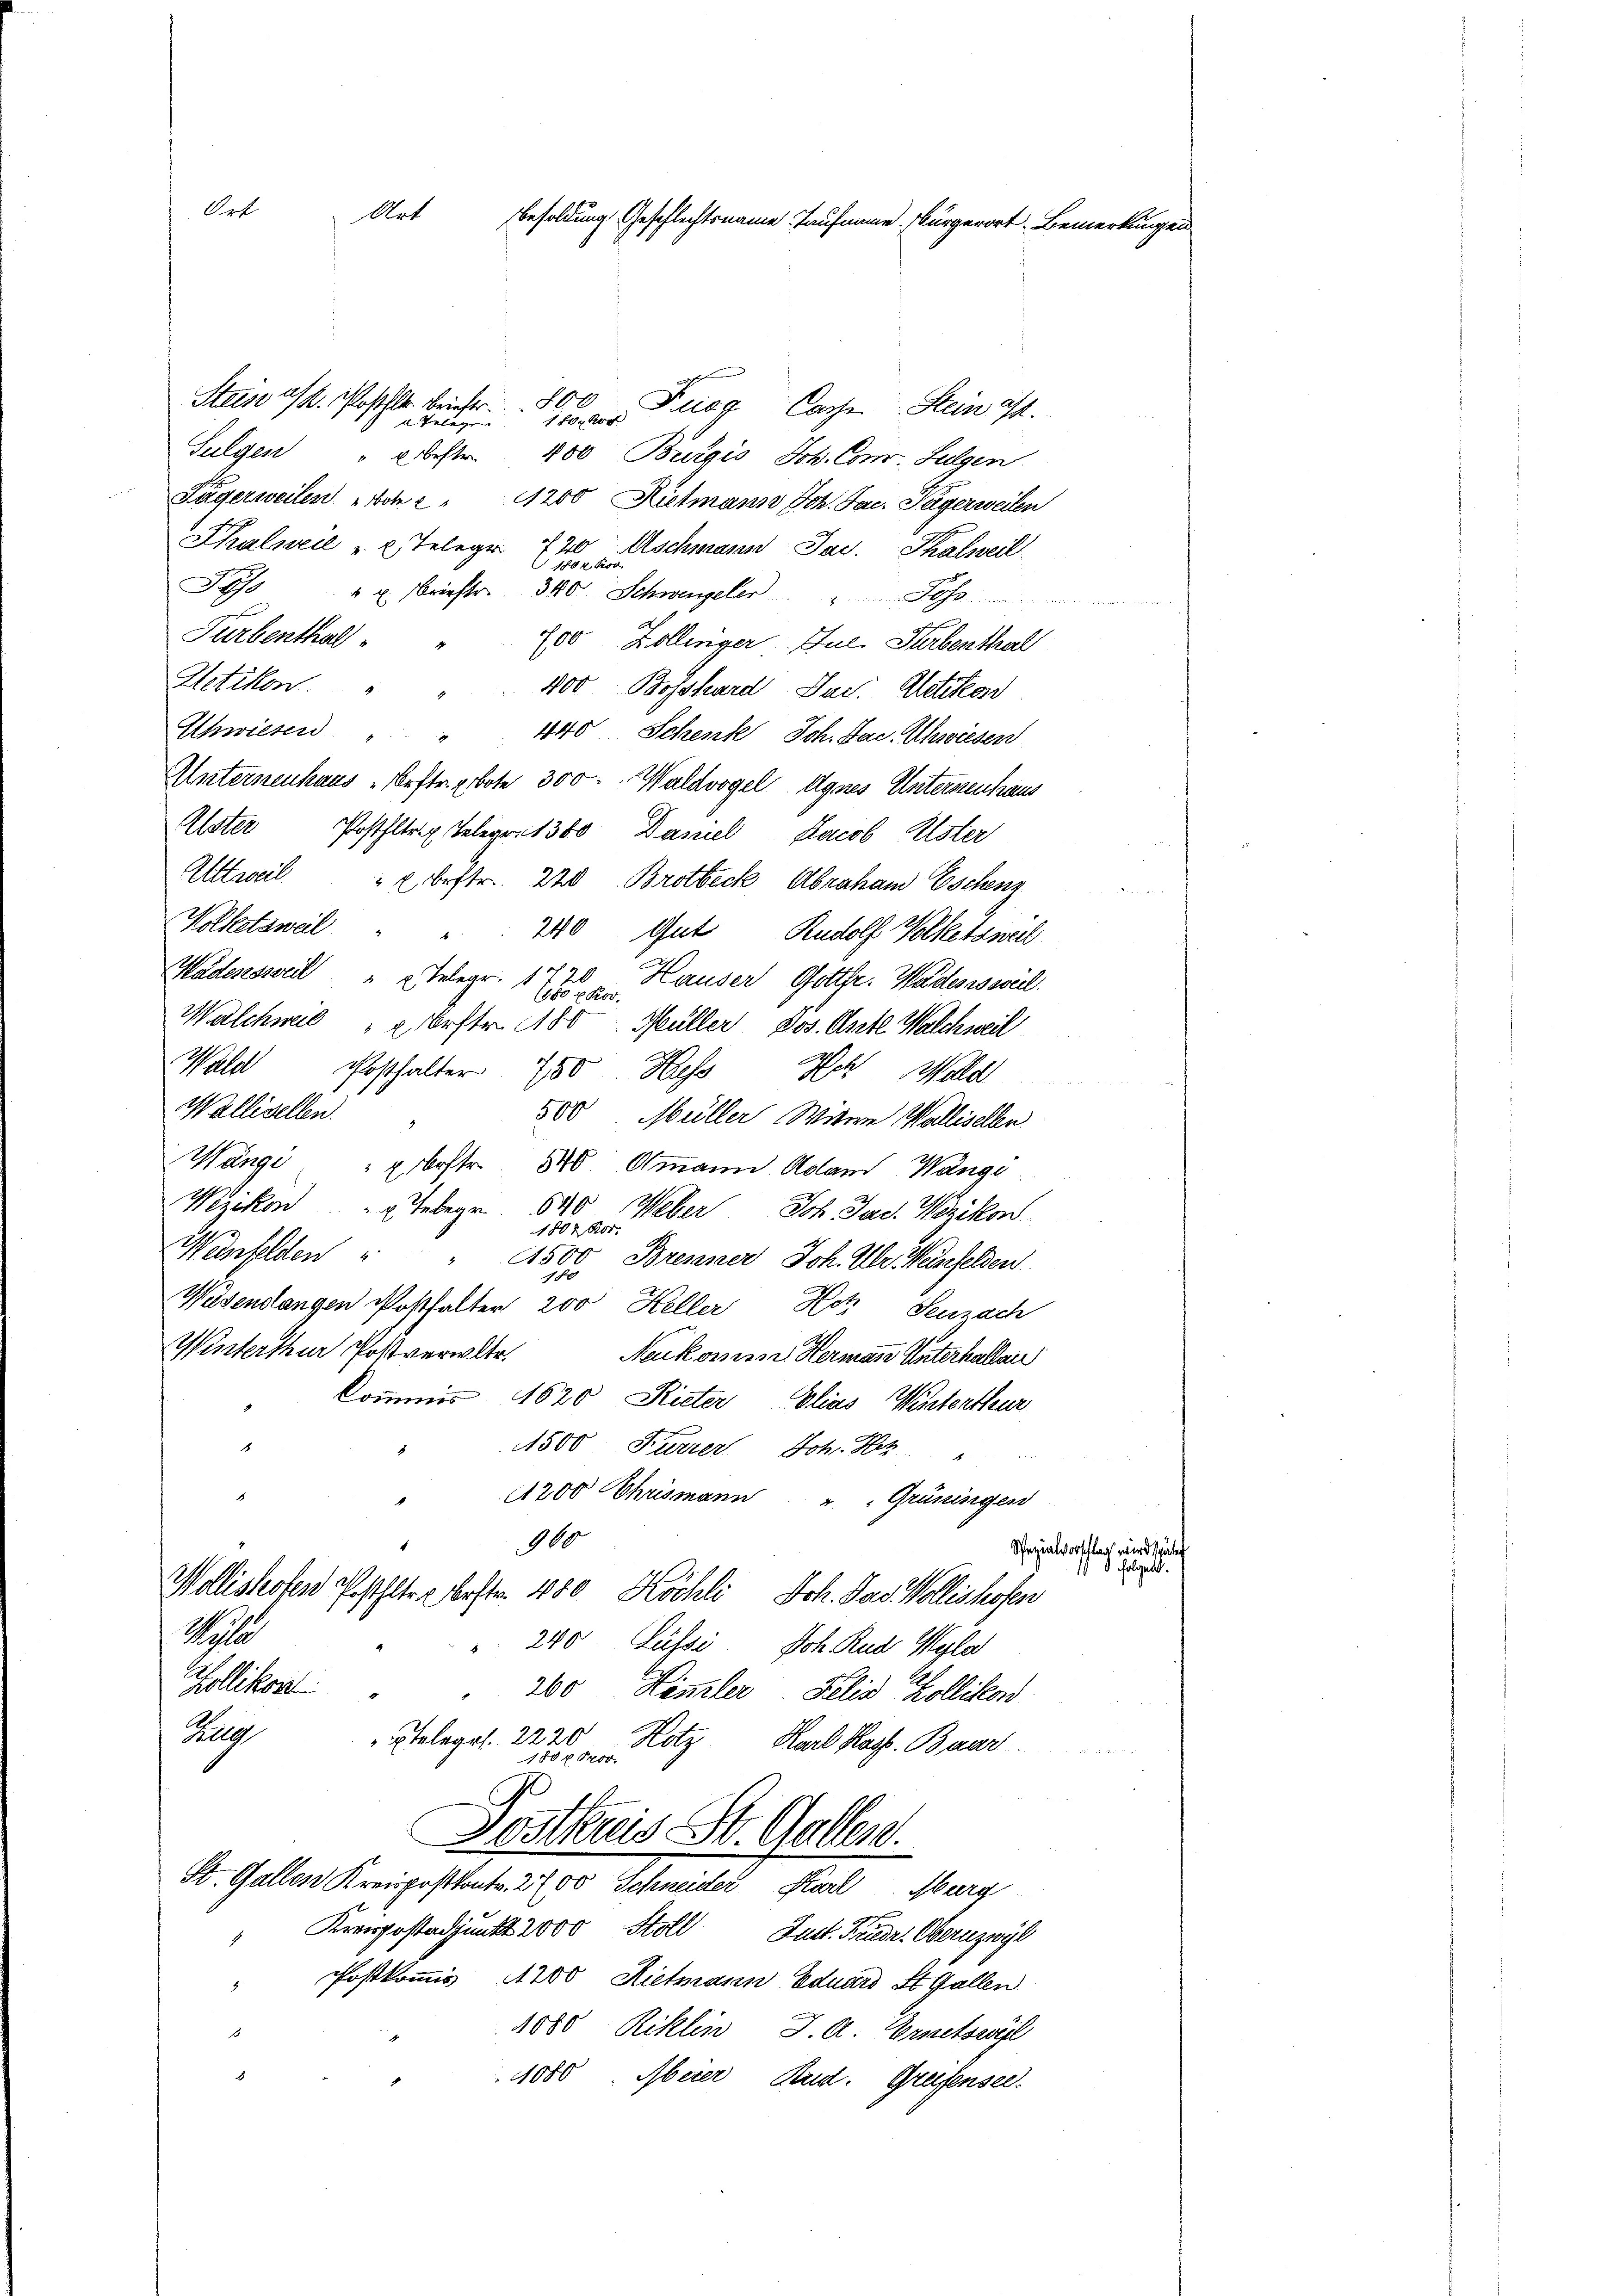
Art
Art Besoldung Geschlechtsname Taufname Bürgerort Bemerkungen

Steines k. Posthlr. beiter 800. Furg Casse Steinas.
1 fr 200
a Telege. |
Sulgen " 2 bestr. 400 Burgis Joh. Com- Fulgen
Sägerweilen Bote " 1200 Kielmann Joh. Jac. Tägerweilen
Thalweil "  Telegr. 720 Aschmann Jac. Thalweil
1804 kos
S 4 u. Friestr. 340 Schwenzeler. Johs.
Turbenthal
700 Zollinger Jul. Herbenthal
Uetikon
400 Bossard Jac. Gletiko
Schwieser " " 440 Schenke, Joh. Jac. Uhwiesen
Unternenhaus „Erstr. gebote 300 Waldvogel Agnes Unterstenhaus
Alster Postfltr. Telegen 1380. Daniel, Jacob Elster
Alttweil " 2 bestr. 220 Brotbeck Abraham Eschenz
Wolketsweil
200 Gut Rudolf Volketsweil
Wädensweil "  Telegr. 1720 Hauser Gottfr. Wädensweil.
(460 x Rov
Walchweil & Erster 180 Müller, Jos. Ante Walchweil
Wald Posthalter 780 Hess ich Wald
Wallisellen.
500 Müller Witwe Wallisellen
Wangi Erbestr. 840. Ammann. Adam Wange
Wezikon " " Geber 840 Weber
Joh. Jad. Wezikon.
1804 Kor
Weinfelden
1500 Brenner, Joh. Ulr Weinfelden.
Wesendangen Posthalter 200 Heller Hotz Seuzach
Winterthur Postverwltr.
Neukomen Hermann Unterhallen
kommis 1620 Rieter Elias Winterthur
1500 Kurrer Joh. Hch.
1200 Chrismann. " " Grüningen
900
Spezialvorschlag wird spä
Wollishofen Posthalter bestr. 400 Köchli, Sch. Das Wollishofen
Kohle
" 240. Lüssi, Joh. Rud. Herlos
Zollikon
200 Kimmler Felix Zollikon.
Reg
telegr. 2220
Hotz Karl Hast. Baur
180x Prov.
Postkuis St. Gallen.
St. Gallen Kreispostkontr. 2700 Schneider Karl Marg
"Krepostadjunkt 2000 Stoll Just. Friedr. Obernzwyl
Postkommis 1200 Rietmann Eduard St. Gallen
E
1080 Riklin J. A. Ersetsweil
s
1080. Oberer Rud. Greifensee.

folgen

.